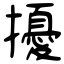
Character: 擾